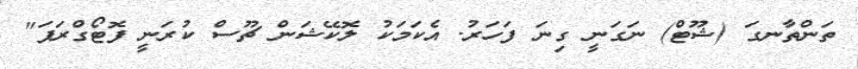
ތަންތާނގަ (ޝޫޓް) ނަގަނީ ގިނަ ފަހަރު. އެކަމަކު ލޮކޭޝަން ޗޫސް ކުރަނީ ފޮޓޯގްރަފަ"